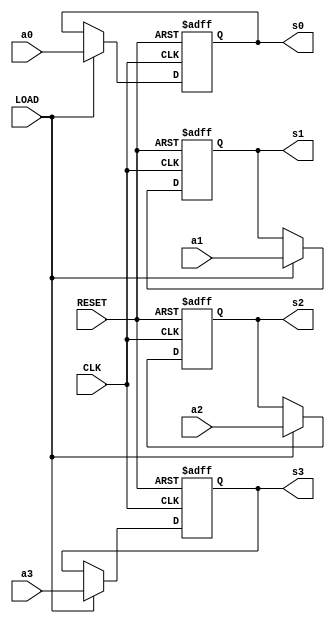
module registrador4bits(CLK,s3,s2,s1,s0,a3,a2,a1,a0,RESET,LOAD);
input CLK, a3, a2, a1, a0, LOAD, RESET;
output reg s3, s2, s1, s0;


always@(posedge CLK, posedge RESET) begin //RESET assincrono
    if(RESET == 1) begin
        s3 <= 1'b0;
        s2 <= 1'b0;
        s1 <= 1'b0;
        s0 <= 1'b0;
    end
    else begin
        if(LOAD == 1) begin
            s3 <= a3;
            s2 <= a2;
            s1 <= a1;
            s0 <= a0;
        end 
        else begin
            s3 <= s3;
            s2 <= s2;
            s1 <= s1;
            s0 <= s0;
        end
    end
end
endmodule